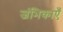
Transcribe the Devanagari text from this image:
जंभिकाएँ